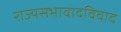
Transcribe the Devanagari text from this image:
राज्यसभावादविवाद